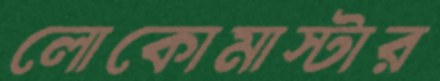
লোকোমাস্টার